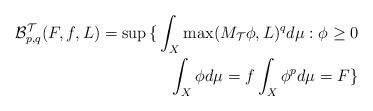
LaTeX: \begin{align*}\mathcal{B}_{p,q}^{\mathcal{T}}(F,f,L)=\sup{\huge \{}\int_{X}\max(M_{\mathcal{T}}\phi,L)^{q}d\mu:\phi\geq0\\\int_{X}\phi d\mu=f\int_{X}\phi^{p}d\mu=F{\huge \}}\end{align*}